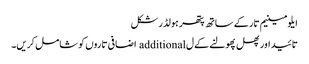
ایلومینیم تار کے ساتھ پتھر ہولڈر شکل
تائید اور پھل پھولنے کے ل additional اضافی تاروں کو شامل کریں۔